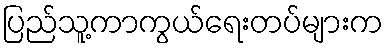
ပြည်သူ့ကာကွယ်ရေးတပ်များက